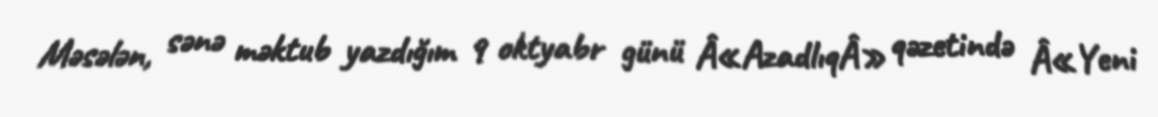
Məsələn, sənə məktub yazdığım 9 oktyabr günü Â«AzadlıqÂ» qəzetində Â«Yeni